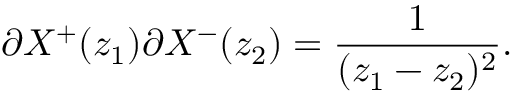
\partial X ^ { + } ( z _ { 1 } ) \partial X ^ { - } ( z _ { 2 } ) = \frac { 1 } { ( z _ { 1 } - z _ { 2 } ) ^ { 2 } } .